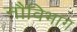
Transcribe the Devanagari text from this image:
नौविभाग